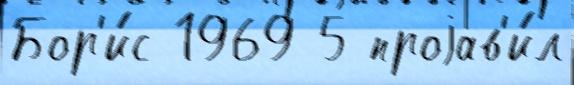
Бор'и́с 1969 5 проjав'и́л